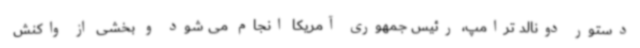
دستور دونالد ترامپ، رئیس جمهوری آمریکا انجام می شود و بخشی از واکنش